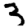
Digit: 3